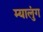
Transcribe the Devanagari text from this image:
म्यालुंग